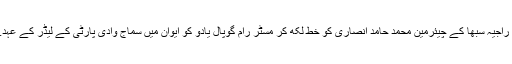
دریں اثنا، مسٹر ملائم سنگھ یادو نے راجیہ سبھا کے چیئرمین محمد حامد انصاری کو خط لکھ کر مسٹر رام گوپال یادو کو ایوان میں سماج وادی پارٹی کے لیڈر کے عہدے سے ہٹانے کی درخواست کی ہے۔